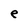
Character: e